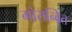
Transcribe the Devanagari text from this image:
गोरान्वित